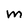
Character: M